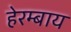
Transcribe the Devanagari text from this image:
हेरम्बाय